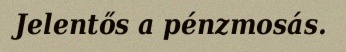
Jelentős a pénzmosás.